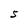
Character: S